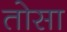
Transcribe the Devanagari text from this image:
तोसा